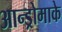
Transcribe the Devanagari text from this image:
आन्ड्रोमाके